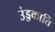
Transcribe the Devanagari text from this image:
उंड्डकार्ति